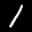
Label: 1